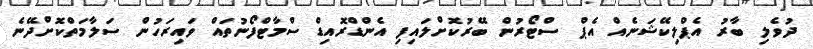
ދުވެލި ބާރު އެޕްލިކޭޝަނެއް އެޕް ސްޓޯރުން ބޭރުކޮށްލައިފި އެންޑްރޮއިޑް ސްމާޓްފޯނުތައް ވައިރަހުން ސަލާމަތްކޮށްދޭނެ